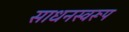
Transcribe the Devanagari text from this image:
साधनस्वरूप